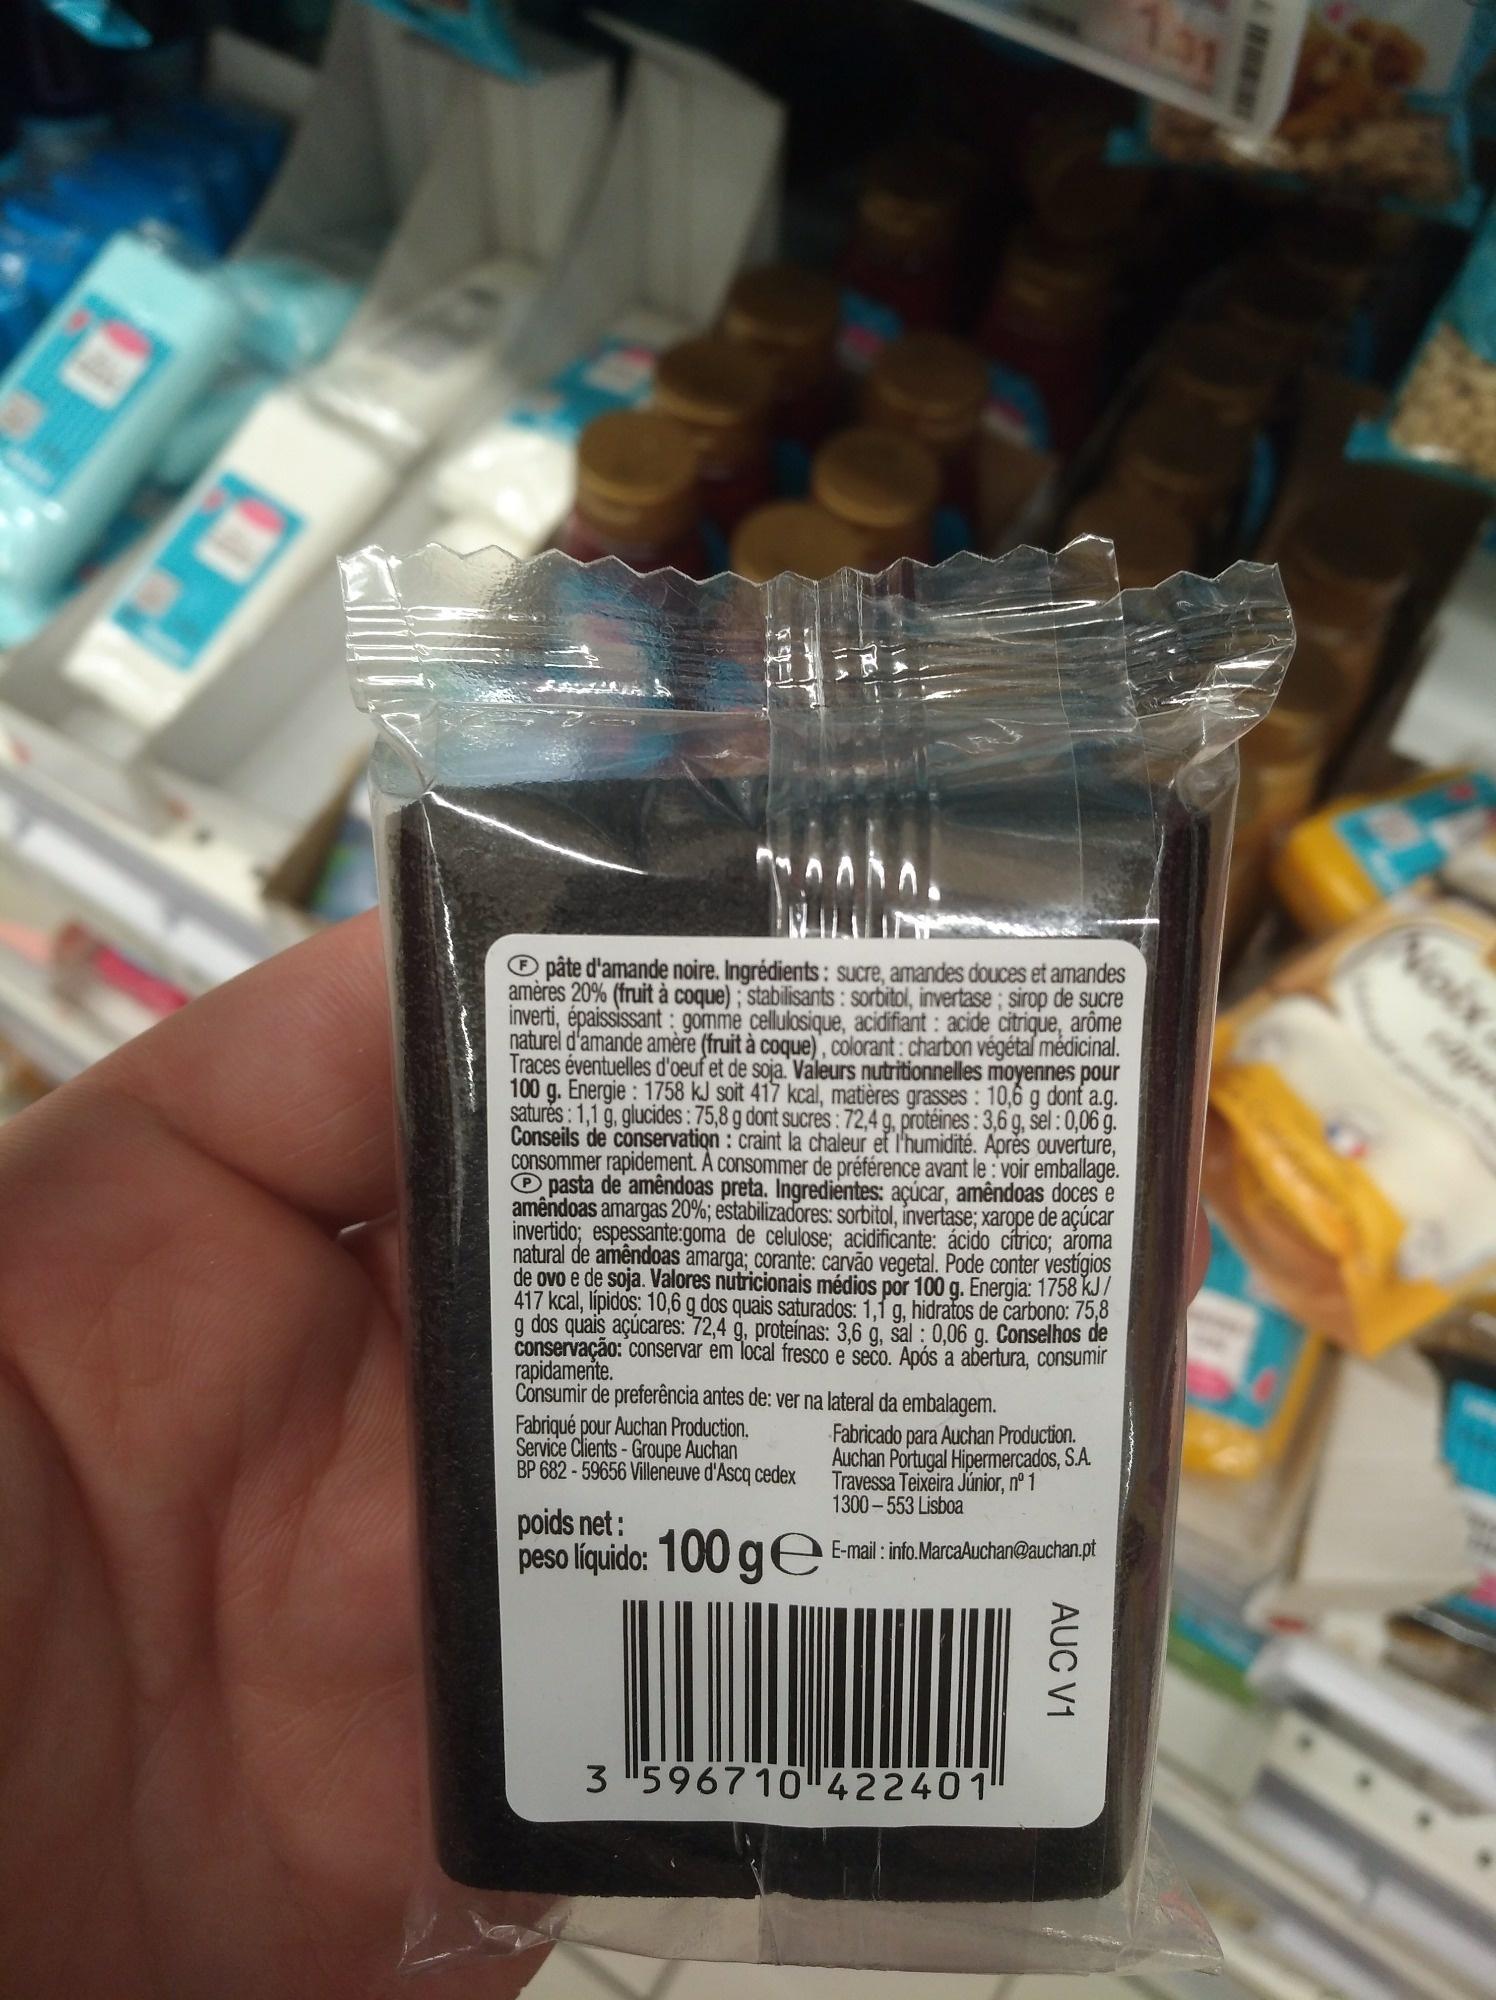
pâte d'amande noire. Ingrédients: sucre, amandes douces et amandes amères 20% (fruit à coque); stabilisants: sorbitol, invertase; sirop de sucre inverti, épaississant: gomme cellulosique, acidifiant: acide citrique, arôme naturel d'amande amère (fruit à coque), colorant: charbon végétal médicinal. Traces éventuelles d'oeuf et de soja. Valeurs nutritionnelles moyennes pour 100 g. Energie: 1758 kJ soit 417 kcal, matières grasses: 10,6 g dont a.g. satures: 1,1 g, glucides: 75,8 g dont sucres: 72,4 g, protéines : 3,6 g, sel : 0,06 g. Conseils de conservation: craint la chaleur et l'humidité. Après ouverture, consommer rapidement. A consommer de préférence avant le: voir emballage. pasta de amêndoas preta. Ingredientes: açúcar, amêndoas doces e amêndoas amargas 20%; estabilizadores: sorbitol, invertase; xarope de açúcar invertido; espessante:goma de celulose; acidificante: ácido cítrico; aroma natural de amêndoas amarga; corante: carvão vegetal. Pode conter vestigios de ovo e de soja. Valores nutricionais médios por 100 g. Energia: 1758 kJ/ 417 kcal, lípidos: 10,6 g dos quais saturados: 1,1 g, hidratos de carbono: 75,8 g dos quais açúcares: 72,4 g, proteínas: 3,6 g, sal: 0,06 g. Conselhos de conservação: conservar em local fresco e seco. Após a abertura, consumir rapidamente.
Consumir de preferência antes de: ver na lateral da embalagem.
Fabriqué pour Auchan Production. Service Clients - Groupe Auchan
BP 682-59656 Villeneuve d'Ascq cedex
AN
poids net:
peso líquido: 100 ge
Fabricado para Auchan Production. Auchan Portugal Hipermercados, S.A. Travessa Teixeira Júnior, nº 1 1300-553 Lisboa
E-mail: info.MarcaAuchan@auchan.pt
3596710 422401
AUC V1